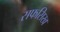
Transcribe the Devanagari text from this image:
सफसिख